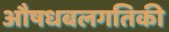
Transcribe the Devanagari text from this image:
औषधबलगतिकी